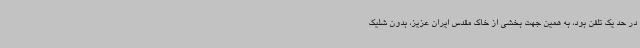
در حد یک تلفن بود، به همین جهت بخشی از خاک مقدس ایران عزیز، بدون شلیک